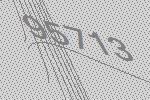
95713